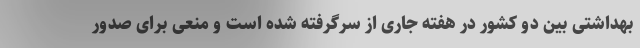
بهداشتی بین دو کشور در هفته جاری از سرگرفته شده است و منعی برای صدور